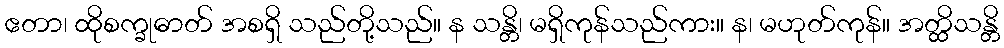
ဧတာ၊ ထိုစက္ခုဓာတ် အစရှိ သည်တို့သည်။ န သန္တိ၊ မရှိကုန်သည်ကား။ န၊ မဟုတ်ကုန်။ အတ္ထိသန္တိ